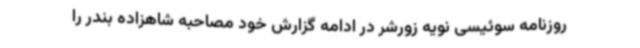
روزنامه سوئیسی نویه زورشر در ادامه گزارش خود مصاحبه شاهزاده بندر را